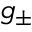
g _ { \pm }